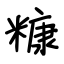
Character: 糠